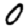
Digit: 0